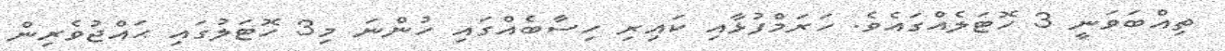
ތިއްބަވަނީ 3 ހޮޓަލެއްގައެވެ. ހަރަމްފުޅާއި ކައިރި ހިސާބެއްގައި ހުންނަ މި3 ހޮޓަލުގައި ޙައްޖުވެރިން